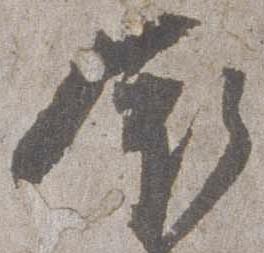
依